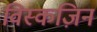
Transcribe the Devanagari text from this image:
विस्कज़िन